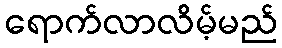
ရောက်လာလိမ့်မည်